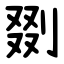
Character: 剟